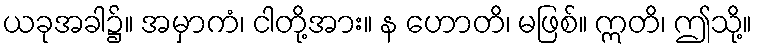
ယခုအခါ၌။ အမှာကံ၊ ငါတို့အား။ န ဟောတိ၊ မဖြစ်။ ဣတိ၊ ဤသို့။